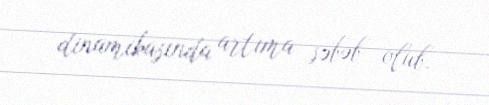
dinamikasında artıma səbəb olub.